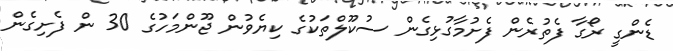
ޑެންގީ ރޯގާ ފެތުރެން ފެށުމާގުޅިގެން ސުކޫލްތަކުގެ ކިޔެވުން ޖޫންމަހުގެ 30 ން ފެށިގެން